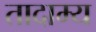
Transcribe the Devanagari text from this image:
तादाम्य